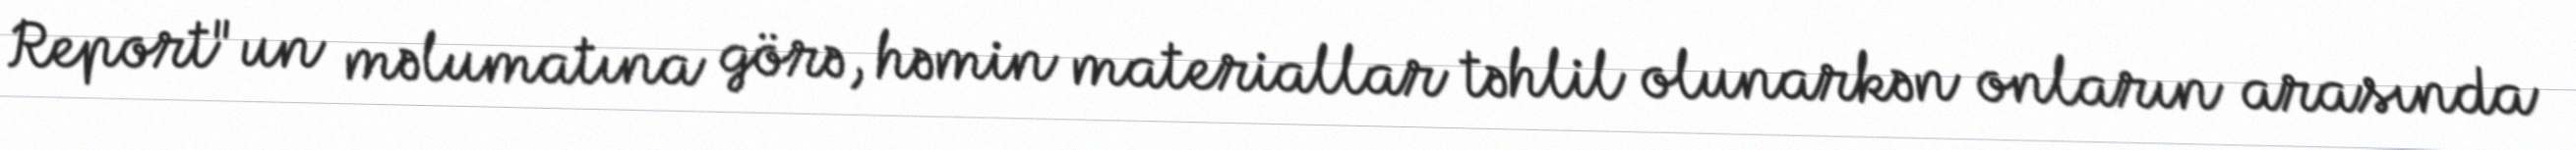
Report"un məlumatına görə, həmin materiallar təhlil olunarkən onların arasında